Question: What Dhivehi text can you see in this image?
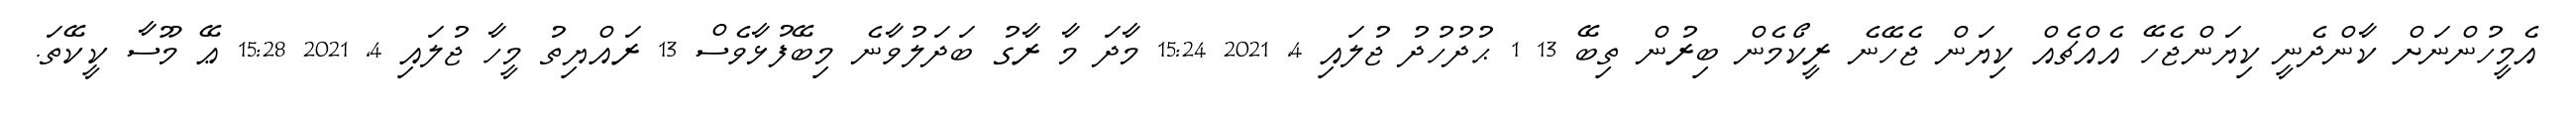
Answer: އެމީހުންނަށް ކާންދެނީ ކިޔަންޖެހޭ އެއްޗެއް ކިޔަން ޖެހޭނެ ރީކޯމެން ބިރުން ތިބޭ 13 1 ޙުދުހުދު ޖުލައި 4, 2021 15:24 މާދަ މާ ރާގު ބަދަލުވާނެ މިބޭފުޅާވެސް 13 ރައްޔިތު މީހާ ޖުލައި 4, 2021 15:28 ޢޭ މޫސާ ކީކޭތަ.